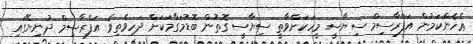
ޢެހެންކަމުން އަފްރާސިމް ސިޔާސީ މީހަކަށްވާތީ ސިޔާސީ ގޮތުން ބޮޑުމަގާމަކަށް ދަހިވެތިވެ އަފްރާސިމް ދުނިޔޭގައި